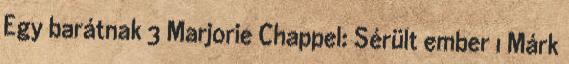
Egy barátnak 3 Marjorie Chappel: Sérült ember 1 Márk